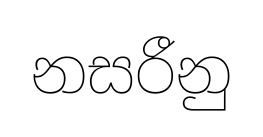
නසරීනු